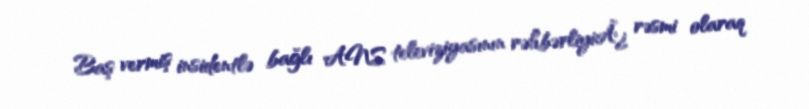
Baş vermiş insidentlə bağlı ANS televiziyasının rəhbərliyiÃ¿ rəsmi olaraq